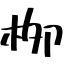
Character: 栁